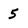
Character: 5